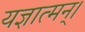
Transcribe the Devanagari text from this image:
यज्ञात्मन्‌।